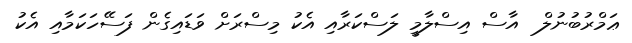
ޢަމްރުބުނުލް  އާސް އިސްލާމީ ލަސްކަރާއި އެކު މިސްރަށް ވަޑައިގެން ފަސޭހަކަމާއި އެކު